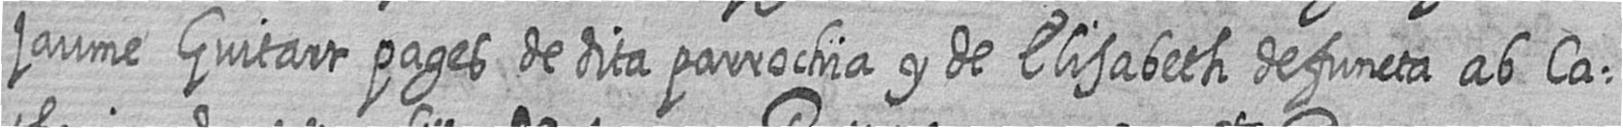
jaume Guitart pages de dita parrochia y de Elisabeth defuncta ab Ca=